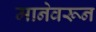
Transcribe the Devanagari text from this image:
मानेवरून